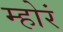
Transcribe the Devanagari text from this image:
म्होरं